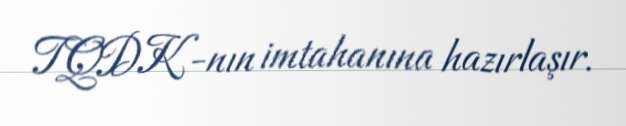
TQDK-nın imtahanına hazırlaşır.